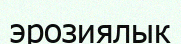
эрозиялык